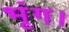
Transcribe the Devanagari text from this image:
भृंग।